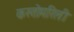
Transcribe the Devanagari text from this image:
कस्तोमरिली